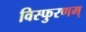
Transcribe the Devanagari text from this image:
विस्फुरणम्